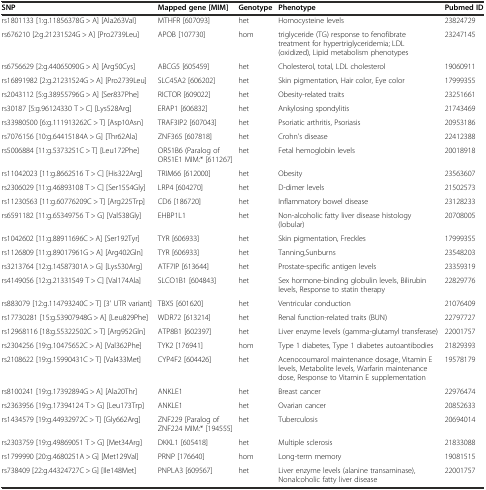
<table><thead><tr><td><b>SNP</b></td><td><b>Mapped gene [MIM]</b></td><td><b>Genotype</b></td><td><b>Phenotype</b></td><td><b>Pubmed ID</b></td></tr></thead><tbody><tr><td>rs1801133 [1:g.11856378G &gt; A] [Ala263Val]</td><td>MTHFR [607093]</td><td>het</td><td>Homocysteine levels</td><td>23824729</td></tr><tr><td>rs676210 [2:g.21231524G &gt; A] [Pro2739Leu]</td><td>APOB [107730]</td><td>hom</td><td>triglyceride (TG) response to fenofibrate treatment for hypertriglyceridemia; LDL (oxidized), Lipid metabolism phenotypes</td><td>23247145</td></tr><tr><td>rs6756629 [2:g.44065090G &gt; A] [Arg50Cys]</td><td>ABCG5 [605459]</td><td>het</td><td>Cholesterol, total, LDL cholesterol</td><td>19060911</td></tr><tr><td>rs16891982 [2:g.21231524G &gt; A] [Pro2739Leu]</td><td>SLC45A2 [606202]</td><td>het</td><td>Skin pigmentation, Hair color, Eye color</td><td>17999355</td></tr><tr><td>rs2043112 [5:g.38955796G &gt; A] [Ser837Phe]</td><td>RICTOR [609022]</td><td>het</td><td>Obesity-related traits</td><td>23251661</td></tr><tr><td>rs30187 [5:g.96124330 T &gt; C] [Lys528Arg]</td><td>ERAP1 [606832]</td><td>het</td><td>Ankylosing spondylitis</td><td>21743469</td></tr><tr><td>rs33980500 [6:g.111913262C &gt; T] [Asp10Asn]</td><td>TRAF3IP2 [607043]</td><td>het</td><td>Psoriatic arthritis, Psoriasis</td><td>20953186</td></tr><tr><td>rs7076156 [10:g.64415184A &gt; G] [Thr62Ala]</td><td>ZNF365 [607818]</td><td>het</td><td>Crohn’s disease</td><td>22412388</td></tr><tr><td>rs5006884 [11:g.5373251C &gt; T] [Leu172Phe]</td><td>OR51B6 (Paralog of OR51E1 MIM:* [611267]</td><td>het</td><td>Fetal hemoglobin levels</td><td>20018918</td></tr><tr><td>rs11042023 [11:g.8662516 T &gt; C] [His322Arg]</td><td>TRIM66 [612000]</td><td>het</td><td>Obesity</td><td>23563607</td></tr><tr><td>rs2306029 [11:g.46893108 T &gt; C] [Ser1554Gly]</td><td>LRP4 [604270]</td><td>het</td><td>D-dimer levels</td><td>21502573</td></tr><tr><td>rs11230563 [11:g.60776209C &gt; T] [Arg225Trp]</td><td>CD6 [186720]</td><td>het</td><td>Inflammatory bowel disease</td><td>23128233</td></tr><tr><td>rs6591182 [11:g.65349756 T &gt; G] [Val538Gly]</td><td>EHBP1L1</td><td>het</td><td>Non-alcoholic fatty liver disease histology (lobular)</td><td>20708005</td></tr><tr><td>rs1042602 [11:g.88911696C &gt; A] [Ser192Tyr]</td><td>TYR [606933]</td><td>het</td><td>Skin pigmentation, Freckles</td><td>17999355</td></tr><tr><td>rs1126809 [11:g.89017961G &gt; A] [Arg402Gln]</td><td>TYR [606933]</td><td>het</td><td>Tanning,Sunburns</td><td>23548203</td></tr><tr><td>rs3213764 [12:g.14587301A &gt; G] [Lys530Arg]</td><td>ATF7IP [613644]</td><td>het</td><td>Prostate-specific antigen levels</td><td>23359319</td></tr><tr><td>rs4149056 [12:g.21331549 T &gt; C] [Val174Ala]</td><td>SLCO1B1 [604843]</td><td>het</td><td>Sex hormone-binding globulin levels, Bilirubin levels, Response to statin therapy</td><td>22829776</td></tr><tr><td>rs883079 [12:g.114793240C &gt; T] [3&#x27; UTR variant]</td><td>TBX5 [601620]</td><td>het</td><td>Ventricular conduction</td><td>21076409</td></tr><tr><td>rs17730281 [15:g.53907948G &gt; A] [Leu829Phe]</td><td>WDR72 [613214]</td><td>het</td><td>Renal function-related traits (BUN)</td><td>22797727</td></tr><tr><td>rs12968116 [18:g.55322502C &gt; T] [Arg952Gln]</td><td>ATP8B1 [602397]</td><td>het</td><td>Liver enzyme levels (gamma-glutamyl transferase)</td><td>22001757</td></tr><tr><td>rs2304256 [19:g.10475652C &gt; A] [Val362Phe]</td><td>TYK2 [176941]</td><td>hom</td><td>Type 1 diabetes, Type 1 diabetes autoantibodies</td><td>21829393</td></tr><tr><td>rs2108622 [19:g.15990431C &gt; T] [Val433Met]</td><td>CYP4F2 [604426]</td><td>het</td><td>Acenocoumarol maintenance dosage, Vitamin E levels, Metabolite levels, Warfarin maintenance dose, Response to Vitamin E supplementation</td><td>19578179</td></tr><tr><td>rs8100241 [19:g.17392894G &gt; A] [Ala20Thr]</td><td>ANKLE1</td><td>het</td><td>Breast cancer</td><td>22976474</td></tr><tr><td>rs2363956 [19:g.17394124 T &gt; G] [Leu173Trp]</td><td>ANKLE1</td><td>het</td><td>Ovarian cancer</td><td>20852633</td></tr><tr><td>rs1434579 [19:g.44932972C &gt; T] [Gly662Arg]</td><td>ZNF229 [Paralog of ZNF224 MIM:* [194555]</td><td>het</td><td>Tuberculosis</td><td>20694014</td></tr><tr><td>rs2303759 [19:g.49869051 T &gt; G] [Met34Arg]</td><td>DKKL1 [605418]</td><td>het</td><td>Multiple sclerosis</td><td>21833088</td></tr><tr><td>rs1799990 [20:g.4680251A &gt; G] [Met129Val]</td><td>PRNP [176640]</td><td>hom</td><td>Long-term memory</td><td>19081515</td></tr><tr><td>rs738409 [22:g.44324727C &gt; G] [Ile148Met]</td><td>PNPLA3 [609567]</td><td>het</td><td>Liver enzyme levels (alanine transaminase),Nonalcoholic fatty liver disease</td><td>22001757</td></tr></tbody></table>